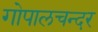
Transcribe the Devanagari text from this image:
गोपालचन्दर